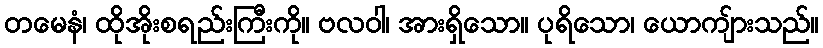
တမေနံ၊ ထိုအိုးစရည်းကြီးကို။ ဗလဝါ၊ အားရှိသော။ ပုရိသော၊ ယောကျ်ားသည်။